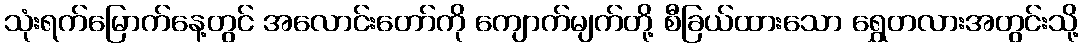
သုံးရက်မြောက်နေ့တွင် အလောင်းတော်ကို ကျောက်မျက်တို့ စီခြယ်ထားသော ရွှေတလားအတွင်းသို့